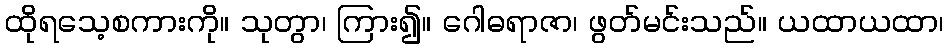
ထိုရသေ့စကားကို။ သုတွာ၊ ကြား၍။ ဂေါဓရာဇာ၊ ဖွတ်မင်းသည်။ ယထာယထာ၊